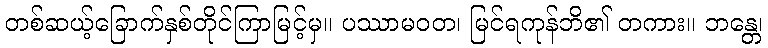
တစ်ဆယ့်ခြောက်နှစ်တိုင်ကြာမြင့်မှ။ ပဿာမဝတ၊ မြင်ရကုန်ဘိ၏ တကား။ ဘန္တေ၊